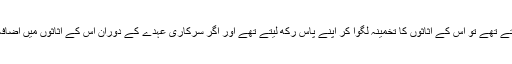
آپ کسی کو جب سرکاری عہدے پر فائز کرتے تھے تو اس کے اثاثوں کا تخمینہ لگوا کر اپنے پاس رکھ لیتے تھے اور اگر سرکاری عہدے کے دوران اس کے اثاثوں میں اضافہ ہوجاتا تو آپ اس کی اکاؤنٹبلٹی کرتے تھے۔